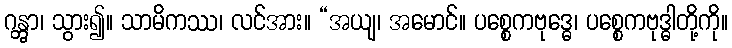
ဂန္တွာ၊ သွား၍။ သာမိကဿ၊ လင်အား။ “အယျ၊ အမောင်။ ပစ္စေကဗုဒ္ဓေ၊ ပစ္စေကဗုဒ္ဓါတို့ကို။